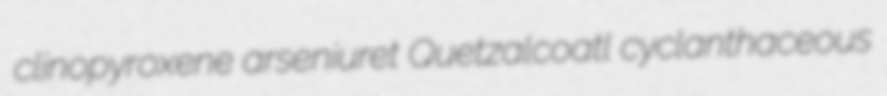
clinopyroxene arseniuret Quetzalcoatl cyclanthaceous